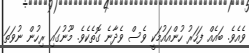
ވެއެވެ. ބައެއް ފަހަރު ހުންއައުމަކީ ވެސް ވެދާނެ ގޮތެކެވެ. މޫނުގައި ރިހުން ނުވަތަ